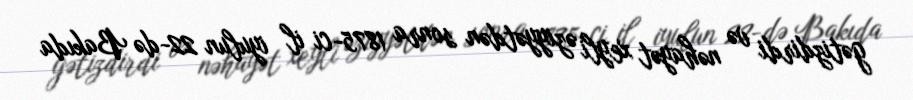
gətizdirdi və nəhayət xeyli əziyyətdən sonra 1875-ci il iyulun 22-də Bakıda